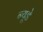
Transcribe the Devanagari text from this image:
न्यूडे